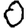
Digit: 0